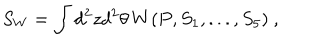
LaTeX: S _ { W } = \int d ^ { 2 } z d ^ { 2 } \theta \, W ( P , S _ { 1 } , . . . , S _ { 5 } ) ~ ,